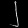
Digit: ၂